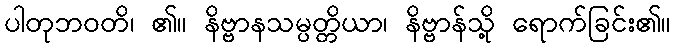
ပါတုဘဝတိ၊ ၏။ နိဗ္ဗာနသမ္ပတ္တိယာ၊ နိဗ္ဗာန်သို့ ရောက်ခြင်း၏။